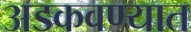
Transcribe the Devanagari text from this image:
अडकवण्यात